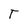
Character: T